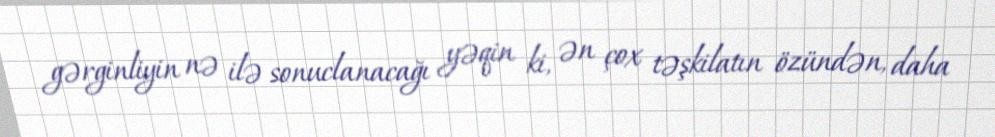
gərginliyin nə ilə sonuclanacağı yəqin ki, ən çox təşkilatın özündən, daha